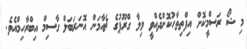
މި ޝޯ ރަސްމީކޮށް އިފްތިތާހުކޮށްދެއްވީ ވިލާ ގްރޫޕުގެ ޗެއާމަން އޮނަރަބަލް ގާސިމް އިބްރާހިމްއެވެ.